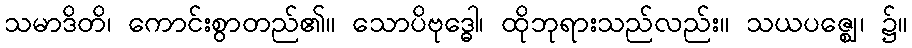
သမာဒိတိ၊ ကောင်းစွာတည်၏။ သောပိဗုဒ္ဓေါ၊ ထိုဘုရားသည်လည်း။ သယပဇ္ဈေ၊ ၌။